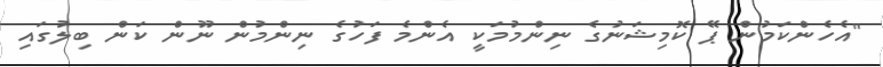
"އެހެންކަމުން ޕޭ ކޮމިޝަނުގެ ނިންމުމަކީ އެންމެ ފަހުގެ ނިންމުން ނޫން ކަން ބިލުގައި